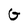
Character: G